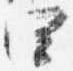
四